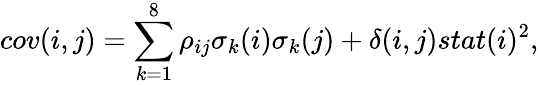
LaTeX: cov(i,j)=\sum_{k=1}^{8}\rho_{ij}\sigma_{k}(i)\sigma_{k}(j)+\delta(i,j)stat(i)^{2},